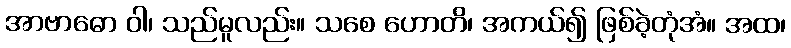
အာဗာဓော ဝါ၊ သည်မူလည်း။ သစေ ဟောတိ၊ အကယ်၍ ဖြစ်ခဲ့တုံအံ။ အထ၊